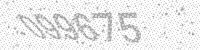
Solution: 099675